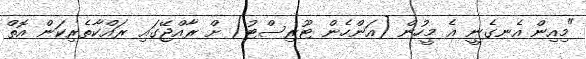
"މިއިން އެނގެނީ އެ މީހުން [އަންހެން ޓޫރިސްޓު] ށް ރާއްޖޭގައި ރައްކާތެރިކަން އޮތް